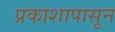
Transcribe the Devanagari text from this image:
प्रकाशापासून